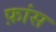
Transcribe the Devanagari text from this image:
फ़ांस